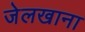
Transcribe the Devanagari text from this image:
जेलखाना